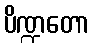
ပိဏ္ဍတော